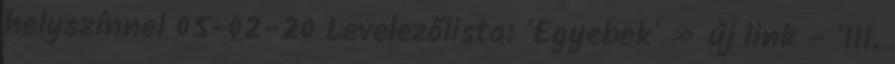
helyszínnel 05-02-20 Levelezőlista: 'Egyebek' » új link - 'III.